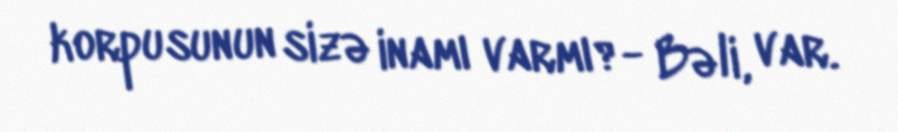
korpusunun sizə inamı varmı?- Bəli, var.